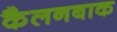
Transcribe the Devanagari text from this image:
कैलनबाक